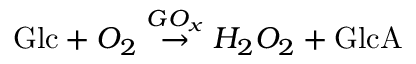
\mathrm { G l c } + O _ { 2 } \stackrel { G O _ { x } } { \rightarrow } H _ { 2 } O _ { 2 } + \mathrm { G l c A }